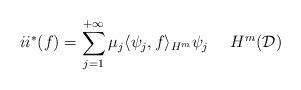
LaTeX: \begin{align*}ii^*(f) = \sum_{j=1}^{+\infty}\mu_j \langle \psi_j,f\rangle_{H^m}\psi_j \ \ \ \ H^m(\mathcal{D})\end{align*}